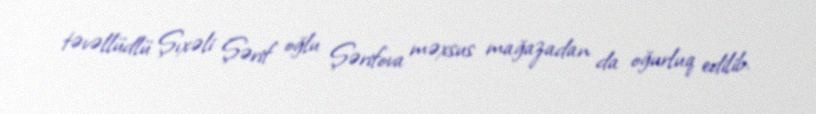
təvəllüdlü Şıxəli Şərif oğlu Şərifova məxsus mağazadan da oğurluq edilib.